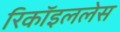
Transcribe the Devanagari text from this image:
रिकॉइललेस